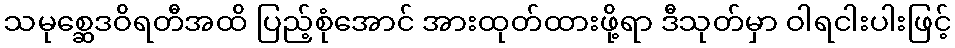
သမုစ္ဆေဒဝိရတီအထိ ပြည့်စုံအောင် အားထုတ်ထားဖို့ရာ ဒီသုတ်မှာ ဝါရငါးပါးဖြင့်